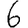
Digit: 6